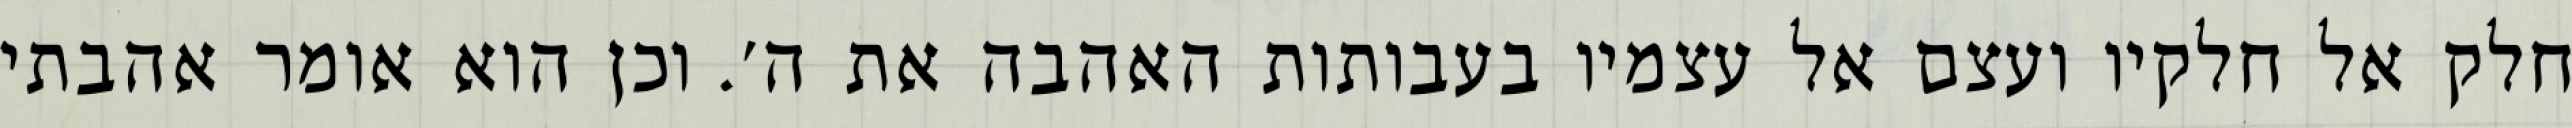
חלק אל חלקיו ועצם אל עצמיו בעבותות האהבה את ה׳. וכן הוא אומר אהבתי